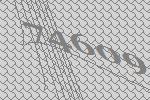
74609